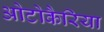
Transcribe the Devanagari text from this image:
ओटोकैरिया